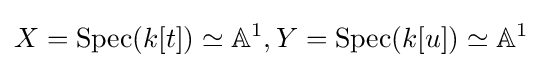
X=\operatorname {Spec} (k[t])\simeq \mathbb {A} ^{1},Y=\operatorname {Spec} (k[u])\simeq \mathbb {A} ^{1}